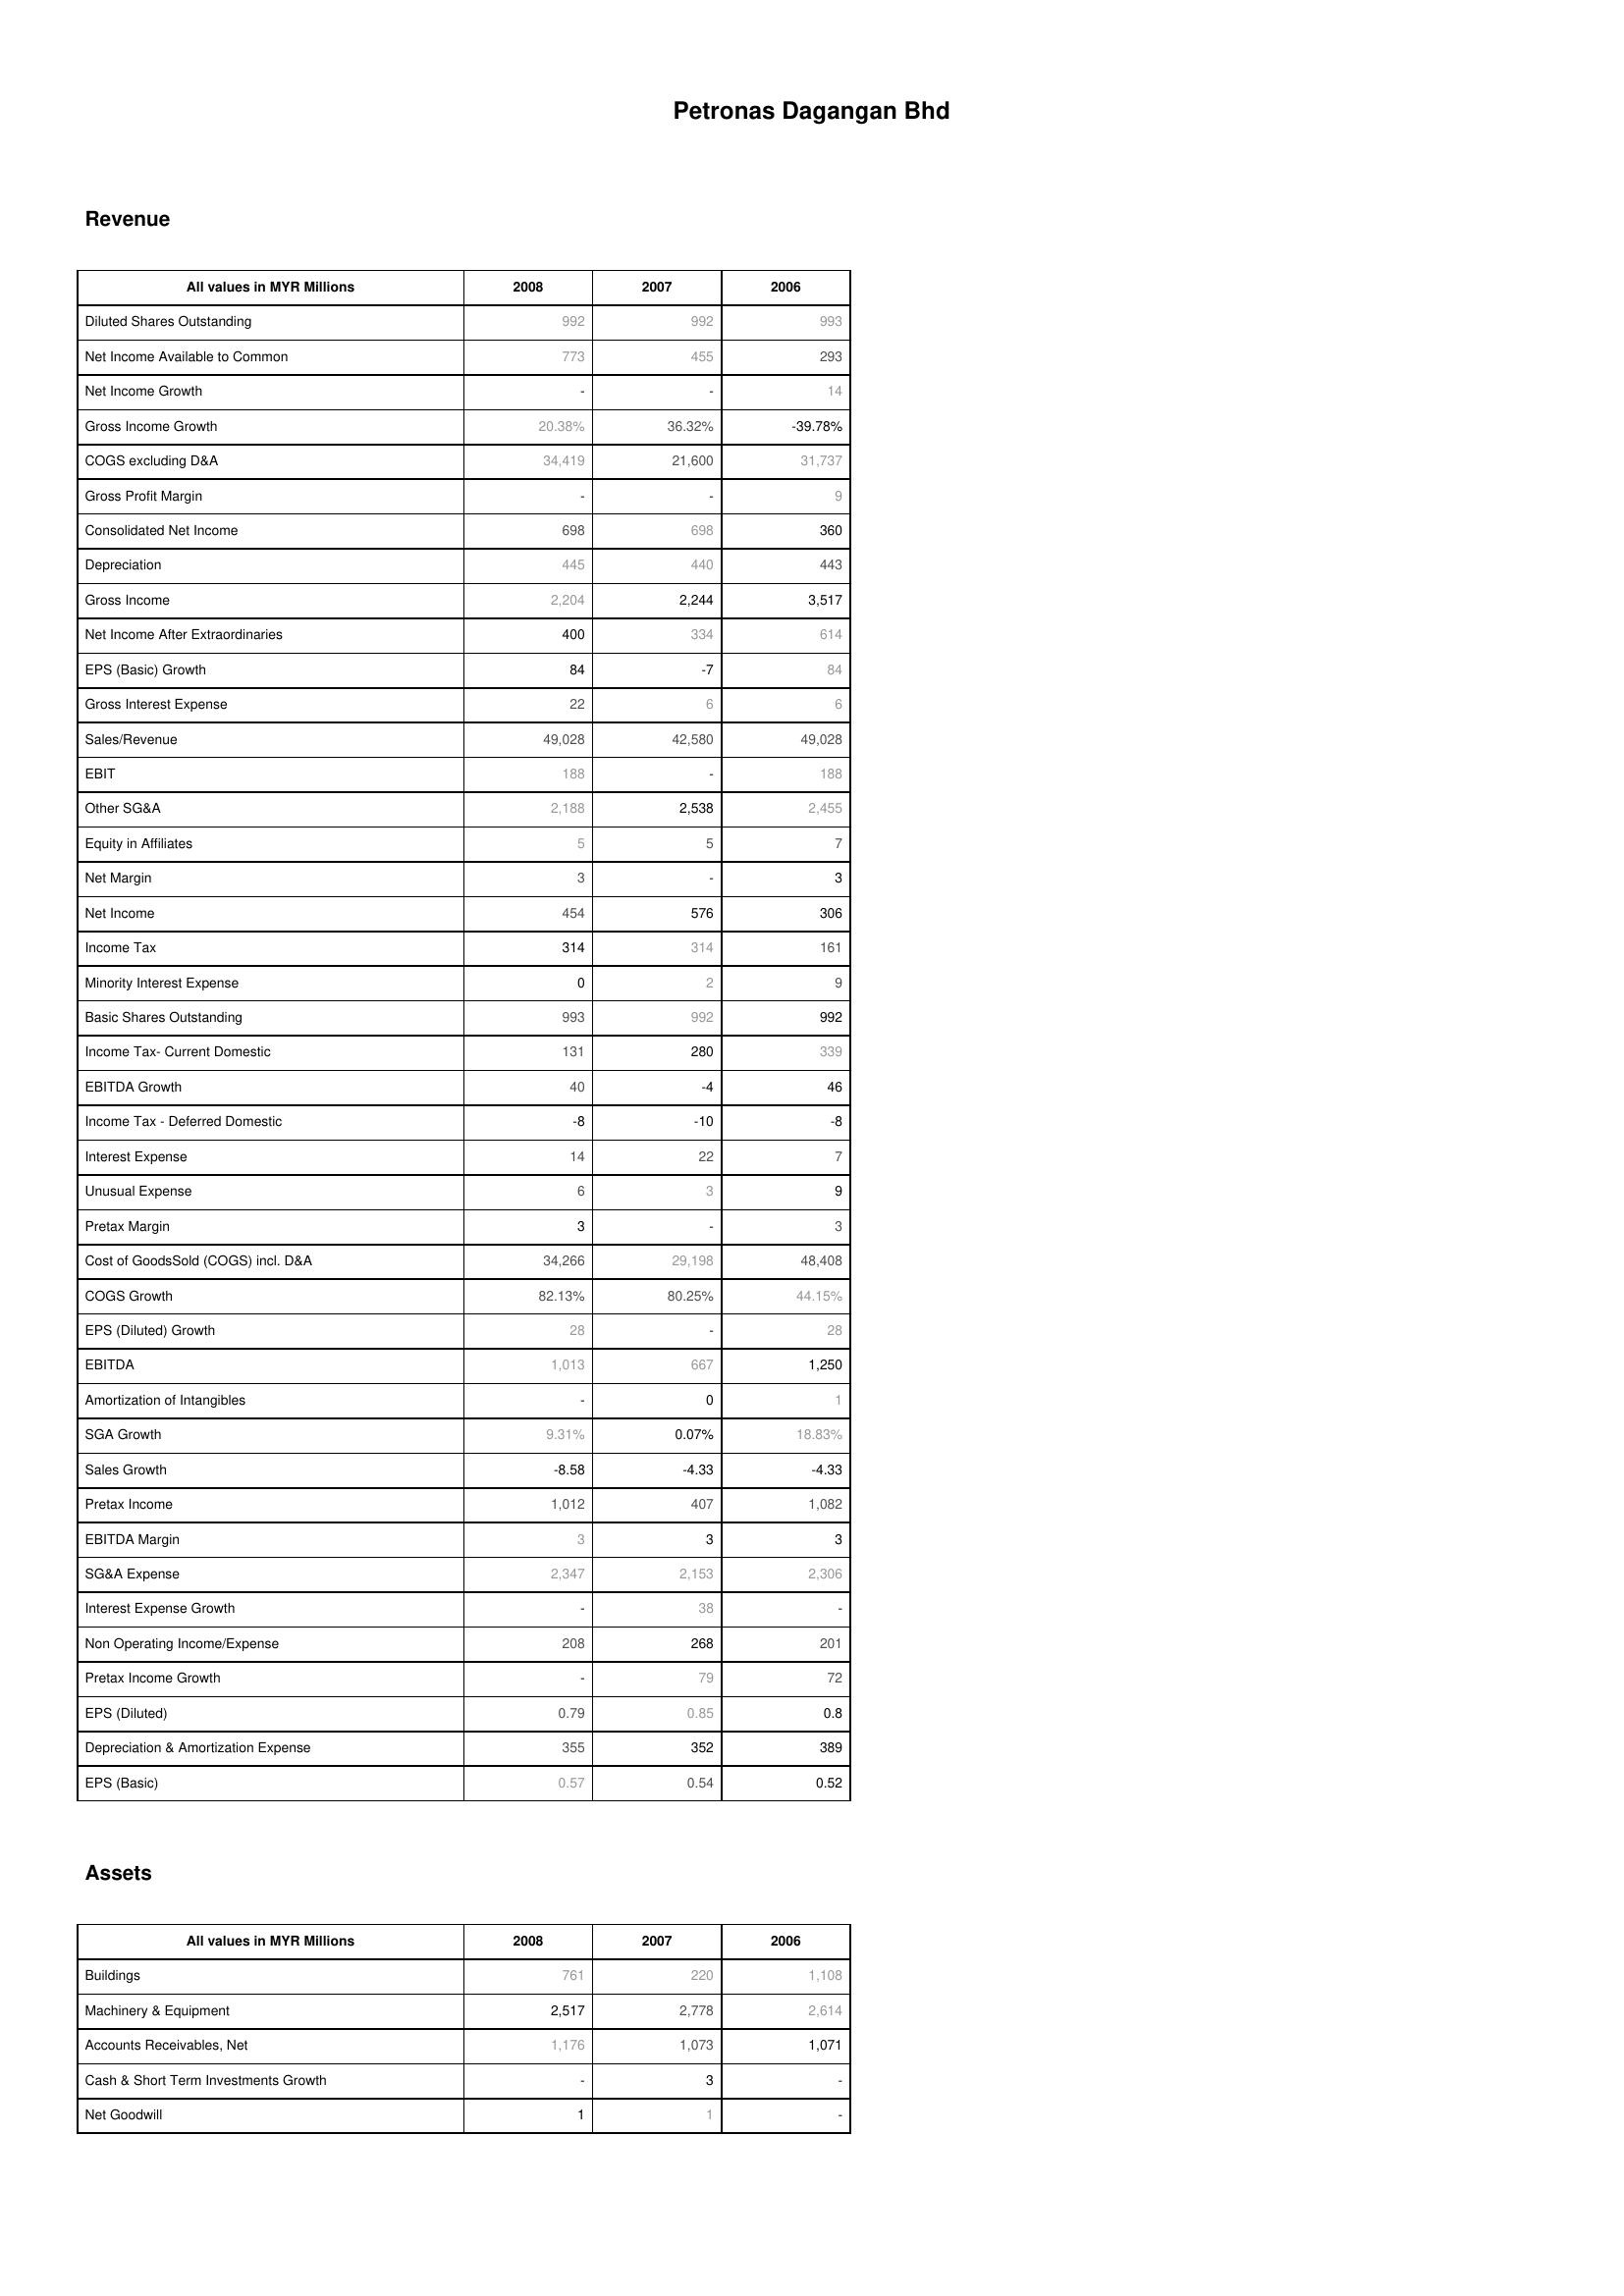
2008: Revenue: Diluted Shares Outstanding: 992
Net Income Available to Common: 773
Net Income Growth: -
Gross Income Growth: 20.38%
COGS excluding D&A: 34,419
Gross Profit Margin: -
Consolidated Net Income: 698
Depreciation: 445
Gross Income: 2,204
Net Income After Extraordinaries: 400
EPS (Basic) Growth: 84
Gross Interest Expense: 22
Sales/Revenue: 49,028
EBIT: 188
Other SG&A: 2,188
Equity in Affiliates: 5
Net Margin: 3
Net Income: 454
Income Tax: 314
Minority Interest Expense: 0
Basic Shares Outstanding: 993
Income Tax- Current Domestic: 131
EBITDA Growth: 40
Income Tax - Deferred Domestic: -8
Interest Expense: 14
Unusual Expense: 6
Pretax Margin: 3
Cost of GoodsSold (COGS) incl. D&A: 34,266
COGS Growth: 82.13%
EPS (Diluted) Growth: 28
EBITDA: 1,013
Amortization of Intangibles: -
SGA Growth: 9.31%
Sales Growth: -8.58
Pretax Income: 1,012
EBITDA Margin: 3
SG&A Expense: 2,347
Interest Expense Growth: -
Non Operating Income/Expense: 208
Pretax Income Growth: -
EPS (Diluted): 0.79
Depreciation & Amortization Expense: 355
EPS (Basic): 0.57
Assets: Buildings: 761
Machinery & Equipment: 2,517
Accounts Receivables, Net: 1,176
Cash & Short Term Investments Growth: -
Net Goodwill: 1
2007: Revenue: Diluted Shares Outstanding: 992
Net Income Available to Common: 455
Net Income Growth: -
Gross Income Growth: 36.32%
COGS excluding D&A: 21,600
Gross Profit Margin: -
Consolidated Net Income: 698
Depreciation: 440
Gross Income: 2,244
Net Income After Extraordinaries: 334
EPS (Basic) Growth: -7
Gross Interest Expense: 6
Sales/Revenue: 42,580
EBIT: -
Other SG&A: 2,538
Equity in Affiliates: 5
Net Margin: -
Net Income: 576
Income Tax: 314
Minority Interest Expense: 2
Basic Shares Outstanding: 992
Income Tax- Current Domestic: 280
EBITDA Growth: -4
Income Tax - Deferred Domestic: -10
Interest Expense: 22
Unusual Expense: 3
Pretax Margin: -
Cost of GoodsSold (COGS) incl. D&A: 29,198
COGS Growth: 80.25%
EPS (Diluted) Growth: -
EBITDA: 667
Amortization of Intangibles: 0
SGA Growth: 0.07%
Sales Growth: -4.33
Pretax Income: 407
EBITDA Margin: 3
SG&A Expense: 2,153
Interest Expense Growth: 38
Non Operating Income/Expense: 268
Pretax Income Growth: 79
EPS (Diluted): 0.85
Depreciation & Amortization Expense: 352
EPS (Basic): 0.54
Assets: Buildings: 220
Machinery & Equipment: 2,778
Accounts Receivables, Net: 1,073
Cash & Short Term Investments Growth: 3
Net Goodwill: 1
2006: Revenue: Diluted Shares Outstanding: 993
Net Income Available to Common: 293
Net Income Growth: 14
Gross Income Growth: -39.78%
COGS excluding D&A: 31,737
Gross Profit Margin: 9
Consolidated Net Income: 360
Depreciation: 443
Gross Income: 3,517
Net Income After Extraordinaries: 614
EPS (Basic) Growth: 84
Gross Interest Expense: 6
Sales/Revenue: 49,028
EBIT: 188
Other SG&A: 2,455
Equity in Affiliates: 7
Net Margin: 3
Net Income: 306
Income Tax: 161
Minority Interest Expense: 9
Basic Shares Outstanding: 992
Income Tax- Current Domestic: 339
EBITDA Growth: 46
Income Tax - Deferred Domestic: -8
Interest Expense: 7
Unusual Expense: 9
Pretax Margin: 3
Cost of GoodsSold (COGS) incl. D&A: 48,408
COGS Growth: 44.15%
EPS (Diluted) Growth: 28
EBITDA: 1,250
Amortization of Intangibles: 1
SGA Growth: 18.83%
Sales Growth: -4.33
Pretax Income: 1,082
EBITDA Margin: 3
SG&A Expense: 2,306
Interest Expense Growth: -
Non Operating Income/Expense: 201
Pretax Income Growth: 72
EPS (Diluted): 0.8
Depreciation & Amortization Expense: 389
EPS (Basic): 0.52
Assets: Buildings: 1,108
Machinery & Equipment: 2,614
Accounts Receivables, Net: 1,071
Cash & Short Term Investments Growth: -
Net Goodwill: -